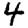
Digit: 4